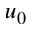
u _ { 0 }